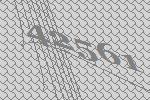
42561